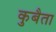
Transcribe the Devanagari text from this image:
कुबैता